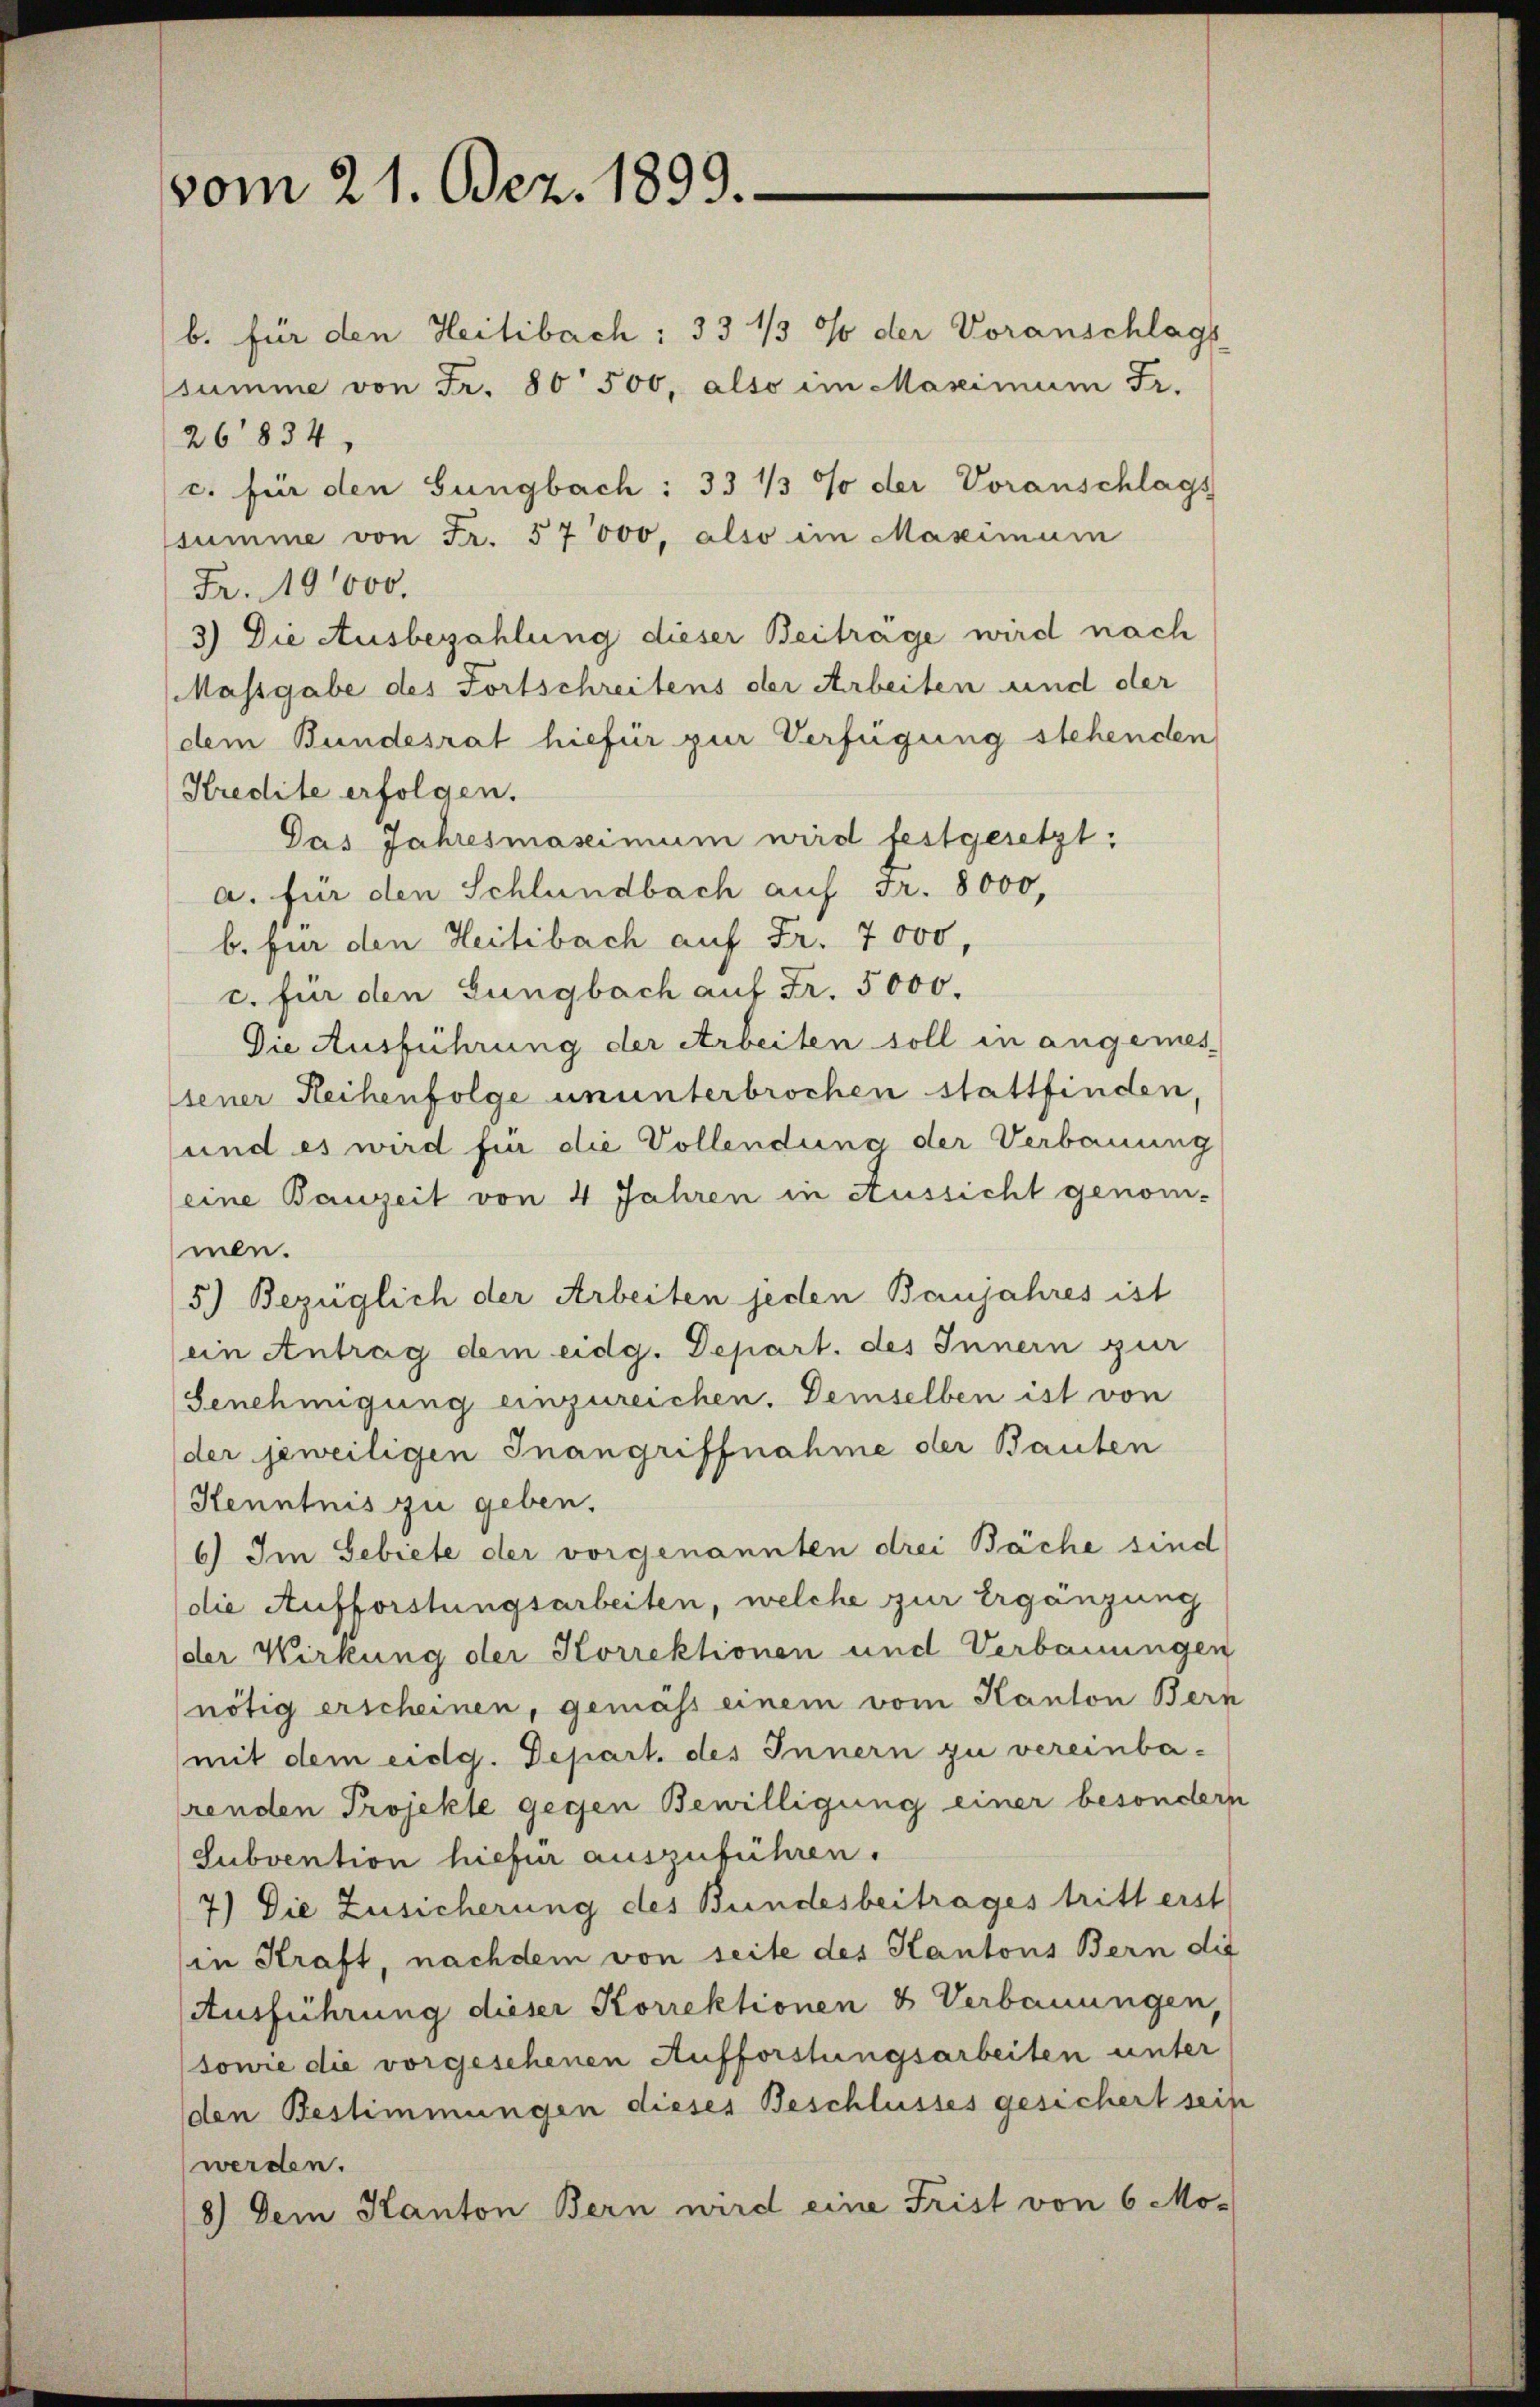
vom 21. Dez. 1899.

b. für den Heilibach: 33 1/3 % der Voranschlags
ssumme von Fr. 80 500, also im Maximum Fr.
26834.
c. für den Sungbach: 33 1/3 % der Voranschlags
summe von Fr. 57000, also im Maximum
Fr. 19000.
3) Die Ausbezahlung dieser Beiträge wird nach
Massgabe des Fortschreitens der Arbeiten und der
dem Bundesrat hiefür zur Verfügung stehenden
Kredite erfolgen.
Pas Jahresmassimum wird festgesetzt:
a. für den Schlündbach auf Fr. 8000,
b. für den Heilibach auf Fr. 7000,
c. für den Gungbach auf Fr. 5000.
Die Ausführung der Arbeiten soll in angemes-
jener Reihenfolge ununterbrochen stattfinden
und es wird für die Vollendung der Verbauung
(eine Bauzeit von 4 Jahren in Aussicht genom-
men.
5.) Bezüglich der Arbeiten jeden Banjahres ist
(ein Antrag dem eidg. Depart. des Innern zur
Genehmigung einzureichen. Demselben ist von
der jeweiligen Inangriffnahme der Bauten
Kenntnis zu geben.
6) Im Gebiete der vorgenannten drei Bäche sind
die Aufforstungsarbeiten, welche zur Ergänzung
der Wirkung der Korrektionen und Verbauungen
nötig erscheinen, gemäss einem vom Kanton Bern
(mit dem eidg. Depart des Innern zu vereinba-
renden Projekte gegen Bewilligung einer besonder
Subvention hiefür auszuführen.
7) Die Zusicherung des Bundesbeitrages tritt erst
in Kraft, nachdem von seite des Kantons Bern die
Ausführung dieser Korrektionen & Verbauungen,
(sowie die vorgeschenen Aufforstungsarbeiten unter
den Bestimmungen dieses Beschlusses gesichert seit
werden.
8) Dem Kanton Bern wird eine Frist von 6 Mo-